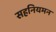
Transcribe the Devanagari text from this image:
सहनियमन